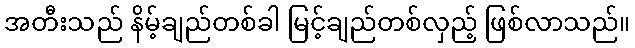
အတီးသည် နိမ့်ချည်တစ်ခါ မြင့်ချည်တစ်လှည့် ဖြစ်လာသည်။